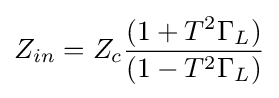
Z_{in}=Z_{c}{\frac {(1+T^{2}\Gamma _{L})}{(1-T^{2}\Gamma _{L})}}